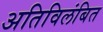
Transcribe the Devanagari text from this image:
अतिविलंबित